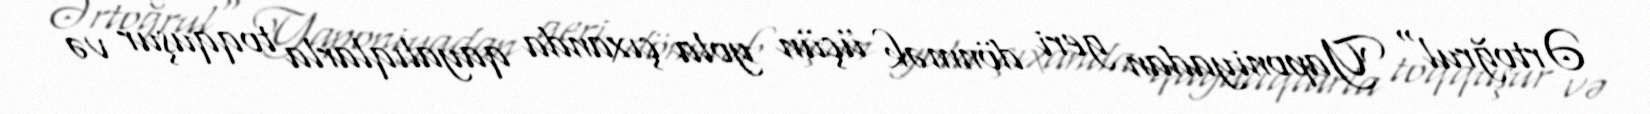
Ərtoğrul" Yaponiyadan geri dönmək üçün yola çıxanda qayalıqlarla toqquşur və